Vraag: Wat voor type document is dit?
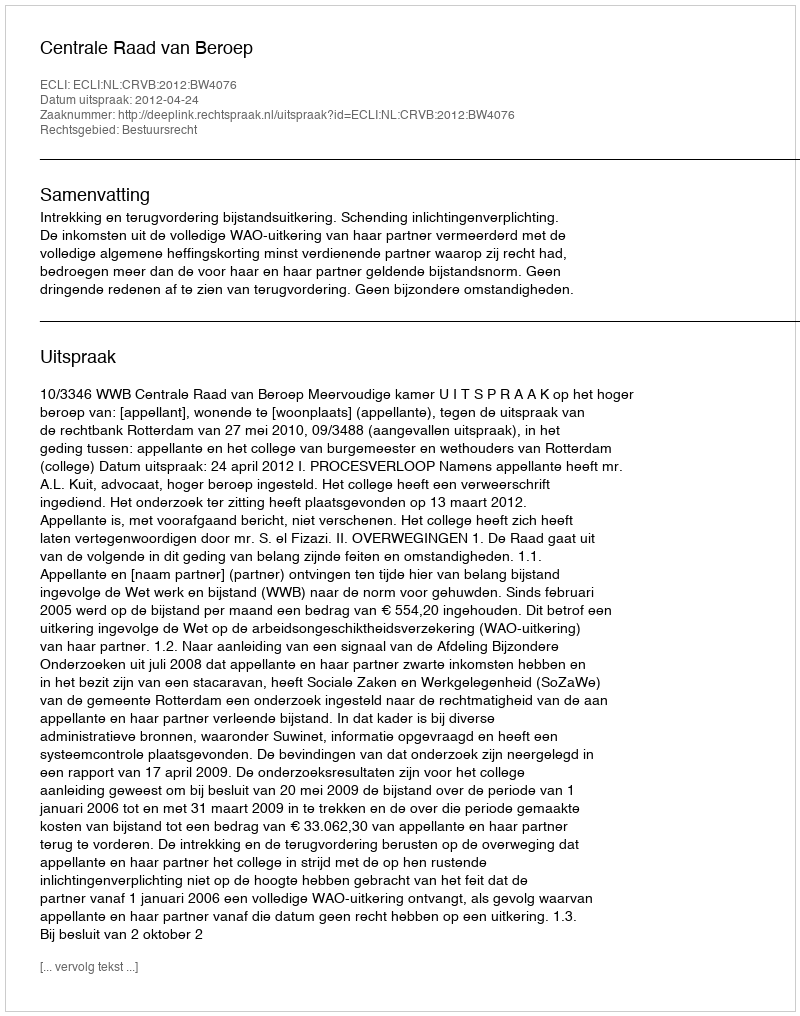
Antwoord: Uitspraak